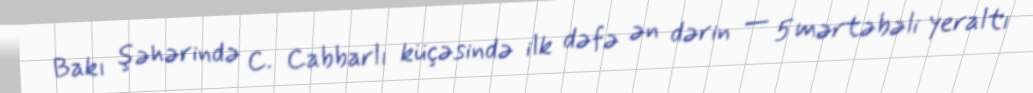
Bakı şəhərində C. Cabbarlı küçəsində ilk dəfə ən dərin — 5 mərtəbəli yeraltı